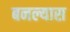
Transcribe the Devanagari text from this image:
बनल्यास